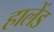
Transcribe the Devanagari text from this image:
हालेंड